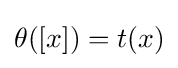
\theta ([x])=t(x)